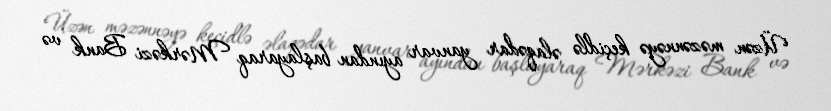
Üzən məzənnəyə keçidlə əlaqədar yanvar ayından başlayaraq Mərkəzi Bank və